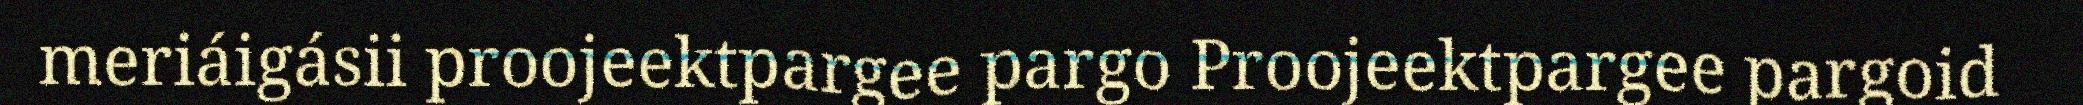
meriáigásii proojeektpargee pargo Proojeektpargee pargoid